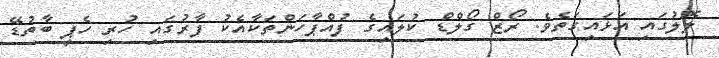
ލޮލުގައި އަޅައިގަތެވެ. ރޯޒް ގޯލްޑް ކުލައިގެ ފުއްޕާހަންތަކާއެކު ފާރުގައި ހުރި ހެޕީ ބާތުޑޭ